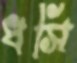
ধসি